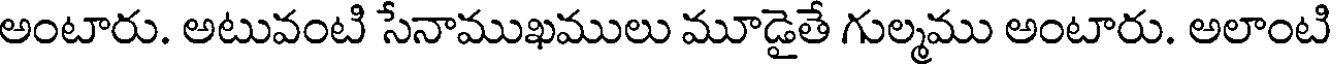
అంటారు. అటువంటి సేనాముఖములు మూడైతే గుల్మము అంటారు. అలాంటి